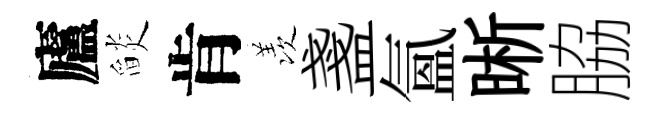
廬𦦨肯羡盞氲晰脇